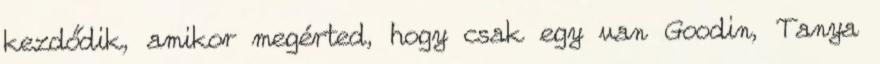
kezdődik, amikor megérted, hogy csak egy van Goodin, Tanya